Scottish Certificate of Education, 1962
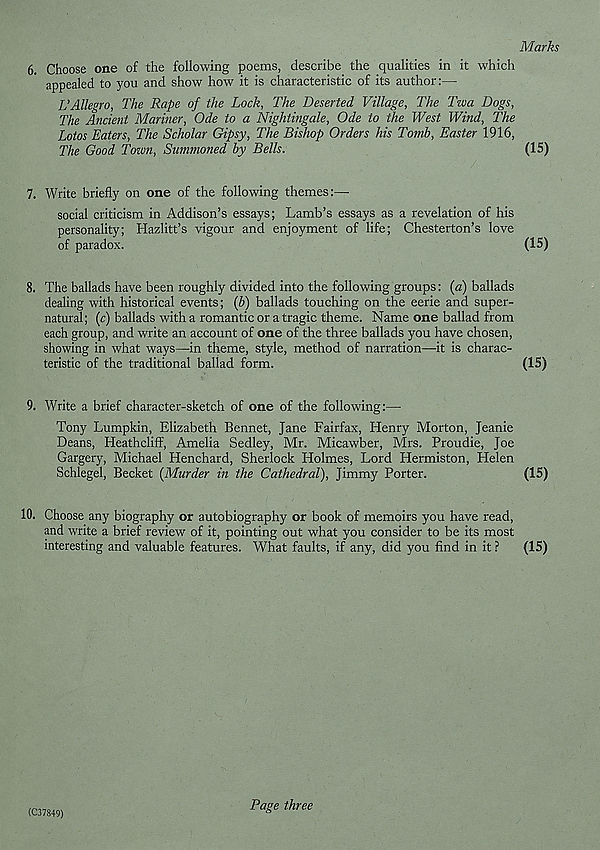
Marks
6.
Choose one of the following poems, describe the qualities in it which
appealed to you and show how it is characteristic of its author:—
VAllegro, The Rape of the Lock, The Deserted Village, The Tzva Dogs,
The Ancient Mariner, Ode to a Nightingale, Ode to the West Wind, The
Lotos Eaters, The Scholar Gipsy, The Bishop Orders his To?nb, Easter 1916,
The Good Tozoti, Summoned by Bells.
(15)
7.
Write briefly on one of the following themes:—
social criticism in Addison’s essays; Lamb’s essays as a revelation of his
personality; Hazlitt’s vigour and enjoyment of life; Chesterton’s love
of paradox.
(15)
8. The ballads have been roughly divided into the following groups: {a) ballads
dealing with historical events; {b) ballads touching on the eerie and super-
natural ; (c) ballads with a romantic or a tragic theme. Name one ballad from
each group, and write an account of one of the three ballads you have chosen,
showing in what ways—in theme, style, method of narration—it is charac-
teristic of the traditional ballad form.
(15)
9. Write a brief character-sketch of one of the following:—■
Tony Lumpkin, Elizabeth Bennet, Jane Fairfax, Henry Morton, Jeanie
Deans, Heathcliff, Amelia Sedley, Mr. Micawber, Mrs. Proudie, Joe
Gargery, Michael Henchard, Sherlock Holmes, Lord Hermiston, Helen
Schlegel, Becket {Murder in the Cathedral), Jimmy Porter.
(15)
10.
Choose any biography or autobiography or book of memoirs you have read,
and write a brief review of it, pointing out what you consider to be its most
interesting and valuable features. What faults, if any, did you find in it ?
(15)
(C37849)
Page three